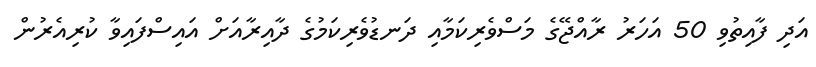
އަދި ފާއިތުވި 50 އަހަރު ރާއްޖޭގެ މަސްވެރިކަމާއި ދަނޑުވެރިކަމުގެ ދާއިރާއަށް އައިސްފައިވާ ކުރިއެރުން